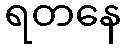
ရတနေ